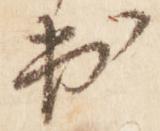
出